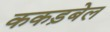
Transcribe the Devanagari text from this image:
ककड़बेल